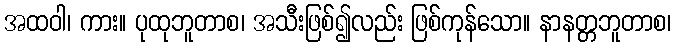
အထဝါ၊ ကား။ ပုထုဘူတာစ၊ အသီးဖြစ်၍လည်း ဖြစ်ကုန်သော။ နာနတ္တဘူတာစ၊